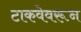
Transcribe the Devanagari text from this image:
टाकवेवरून